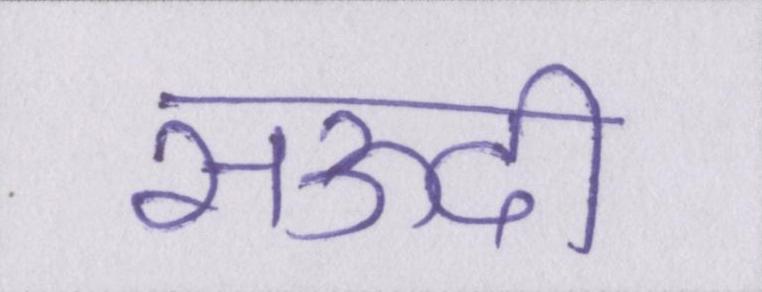
सऊदी